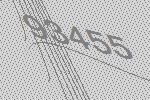
93455